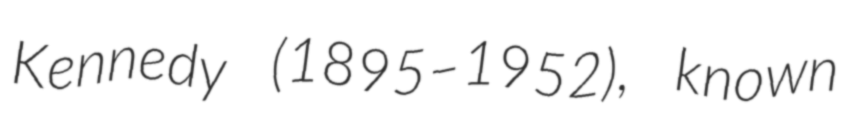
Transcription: Kennedy (1895–1952), known